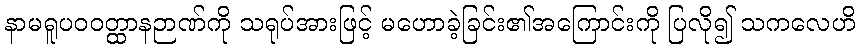
နာမရူပဝဝတ္ထာနဉာဏ်ကို သရုပ်အားဖြင့် မဟောခဲ့ခြင်း၏အကြောင်းကို ပြလို၍ သကလေဟိ